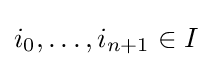
i_{0},\dots ,i_{n+1}\in I